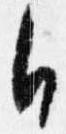
日